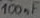
Text: 100nF